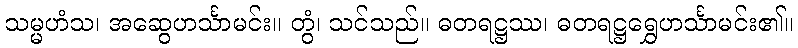
သမ္မဟံသ၊ အဆွေဟင်္သာမင်း။ တွံ၊ သင်သည်။ ဓတရဋ္ဌဿ၊ ဓတရဋ္ဌရွှေဟင်္သာမင်း၏။